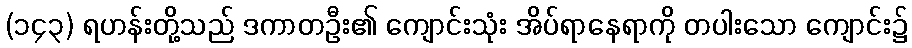
(၁၄၃) ရဟန်းတို့သည် ဒကာတဦး၏ ကျောင်းသုံး အိပ်ရာနေရာကို တပါးသော ကျောင်း၌